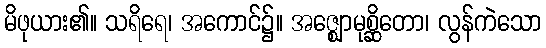
မိဖုယား၏။ သရိရေ၊ အကောင်၌။ အဇ္ဈောမုစ္ဆိတော၊ လွန်ကဲသော